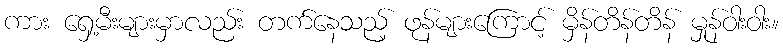
ကား ရှေ့မီးများမှာလည်း တက်နေသည့် ဖုန်များကြောင့် မှိန်တိန်တိန် မှုန်ဝါးဝါး။